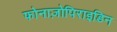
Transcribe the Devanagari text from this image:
फोनाज़ोपिराइडिन